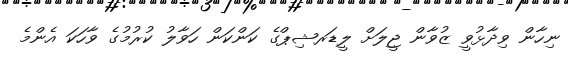
ނިހާން ވިދާޅުވީ ޒުވާން ޖީލަށް ލީޑަރޝިޕްގެ ކަންކަން ހަވާލު ކުރުމުގެ ވާހަކަ އެންމެ